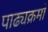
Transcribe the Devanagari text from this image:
पाढ्यक्रमों